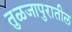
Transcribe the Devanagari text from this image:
तुळजापुरातील